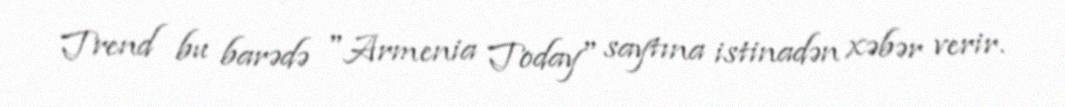
Trend bu barədə "Armenia Today" saytına istinadən xəbər verir.